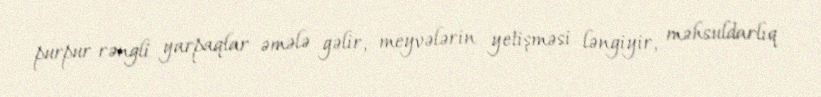
purpur rəngli yarpaqlar əmələ gəlir, meyvələrin yetişməsi ləngiyir, məhsuldarlıq